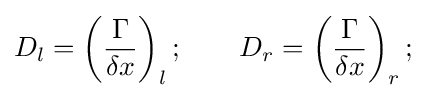
D_{l}=\left({\frac {\Gamma }{\delta x}}\right)_{l};\qquad D_{r}=\left({\frac {\Gamma }{\delta x}}\right)_{r};